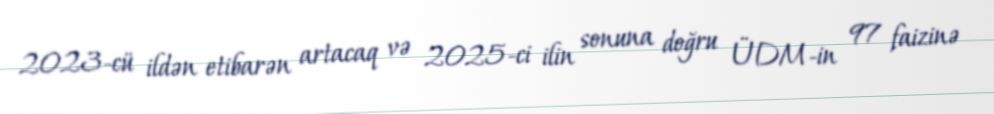
2023-cü ildən etibarən artacaq və 2025-ci ilin sonuna doğru ÜDM-in 97 faizinə